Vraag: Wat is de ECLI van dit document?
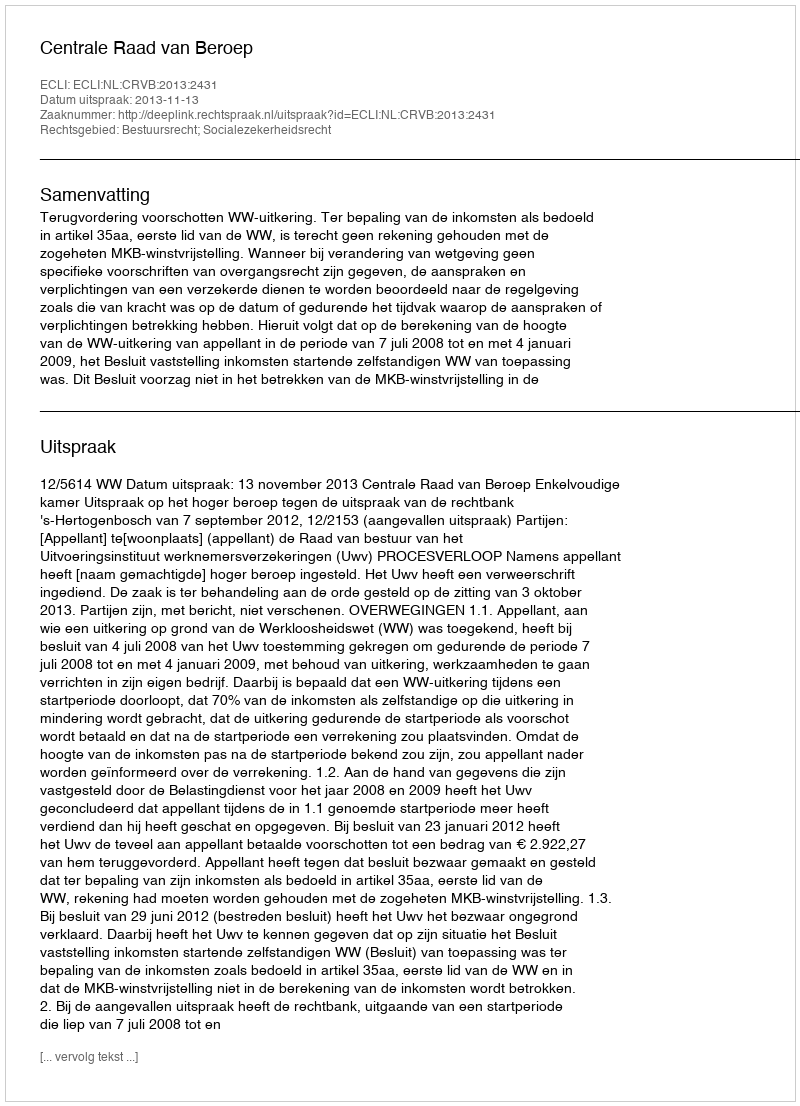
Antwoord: ECLI:NL:CRVB:2013:2431